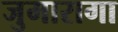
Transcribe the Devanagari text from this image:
जुमारागा